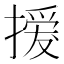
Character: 𢳻